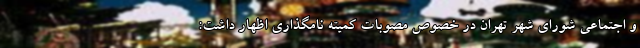
و اجتماعی شورای شهر تهران در خصوص مصوبات کمیته نامگذاری اظهار داشت: